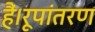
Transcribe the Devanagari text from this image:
हैं।रूपांतरण